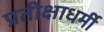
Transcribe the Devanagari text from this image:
प्रतीक्षाधर्मी